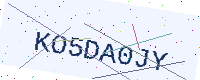
Text: KO5DA0JY